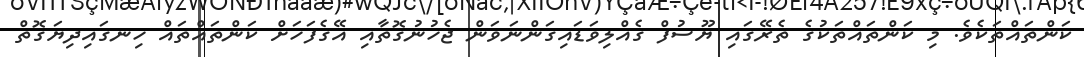
ކަންތައްތަކެވެ. މި ކަންތައްތަކުގެ ތެރޭގައި ޔޫސުފް ގެއްލިވަޑައިގަންނަވަން ޖެހުނުގޮތާއި އޭގެފަހަށް ކަންތައްތައް ހިނގައިދިޔަގޮތް